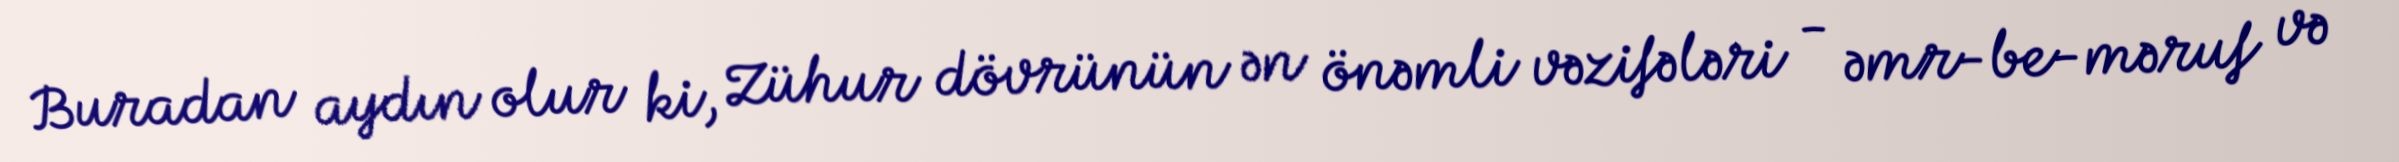
Buradan aydın olur ki, Zühur dövrünün ən önəmli vəzifələri - əmr-be-məruf və